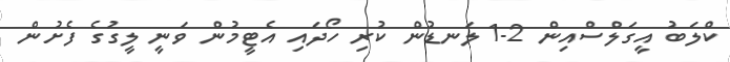
ކްލަބު އީގަލްސްއިން 2-1 ލަނޑުން ކުރި ހޯދައި އެޓީމުން ވަނީ ލީގުގެ ފެށުން